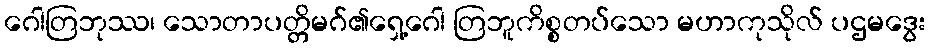
ဂေါတြဘုဿ၊ သောတာပတ္တိမဂ်၏ရှေ့ဂေါ တြဘူကိစ္စတပ်သော မဟာကုသိုလ် ပဌမဒွေး